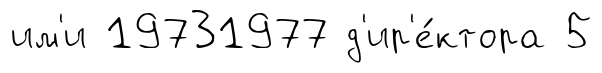
им'и 19731977 д'ир'е́ктора 5